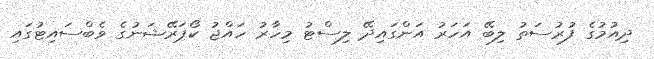
ދިއުމުގެ ފުރުސަތު ލިބޭ އަހަރު އަންގައިދޭ ލިސްޓު މިހާރު ހައްޖު ކޯޕަރޭޝަނުގެ ވެބްސައިޓުގައި